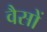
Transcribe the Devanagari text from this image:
वैसों